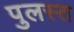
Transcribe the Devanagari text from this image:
पुलस्त